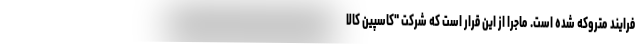
فرایند متروکه شده است. ماجرا از این قرار است که شرکت "کاسپین کالا